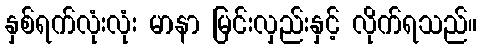
နှစ်ရက်လုံးလုံး မာနာ မြင်းလှည်းနှင့် လိုက်ရသည်။